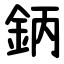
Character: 鈵